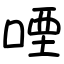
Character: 㖶